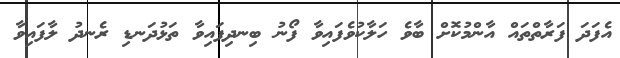
އެފަދަ ފަރާތްތައް އާންމުކޮށް ބާވެ ހަލާކުވެފައިވާ ފޯނު ބިނދިފައިވާ ތަޅުދަނޑި ރެނދު ލާފައިވާ